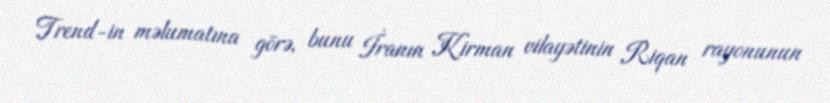
Trend-in məlumatına görə, bunu İranın Kirman vilayətinin Riqan rayonunun